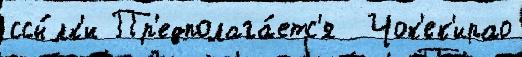
ссы́лк'и Пр'едполага́етс'я  Чок'ек'ирао